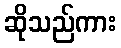
ဆိုသည်ကား